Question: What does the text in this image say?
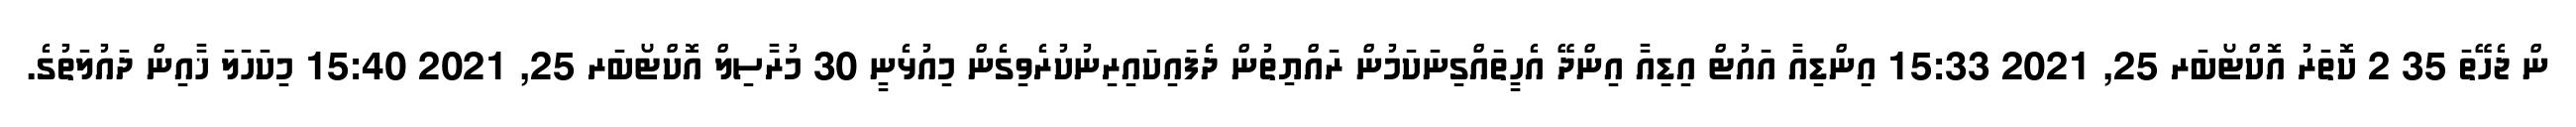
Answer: ން ޖެހޭތަ 35 2 ކޮތަރު އޮކްޓޯބަރ 25, 2021 15:33 އިންޑިއާ އައުޓް އިޑިއާ އިންދޭ އެހީތައްގިނަކަމުން ރައްޔިތުން ދެފައިކައިރިނުކުރެވިގެން މިއުޅެނީ 30 މުރާސިލް އޮކްޓޯބަރ 25, 2021 15:40 މިކަހަލަ ޚާއިން ދައުލަތުގެ.